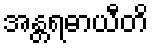
အန္တရဓာယီတိ